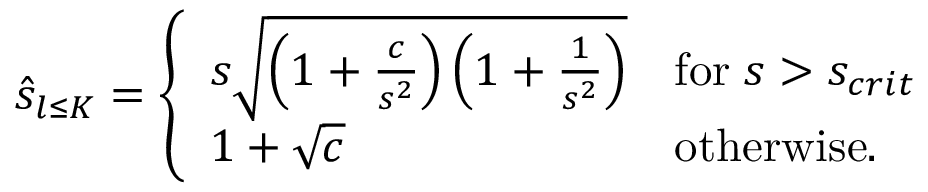
\hat { s } _ { l \le K } = \left\{ \begin{array} { l l } { s \sqrt { \left( 1 + \frac { c } { s ^ { 2 } } \right) \left( 1 + \frac { 1 } { s ^ { 2 } } \right) } } & { \mathrm { f o r } \; s > s _ { c r i t } } \\ { 1 + \sqrt { c } } & { \mathrm { o t h e r w i s e } . } \end{array} \right.